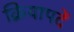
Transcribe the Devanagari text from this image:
क्रियापदें